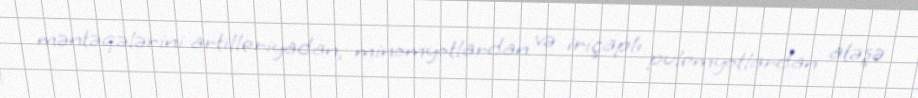
məntəqələrini artilleriyadan, minomyotlardan və iriçaplı pulemyotlardan atəşə